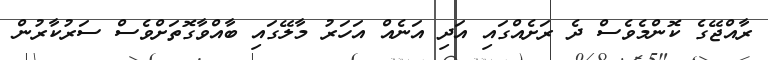
ރާއްޖޭގެ ކޮންމެވެސް ދެ ރަށެއްގައި އަދި އަނެއް އަހަރު މާލޭގައި ބާއްވާގޮތަށްވެސް ސަރުކާރުން